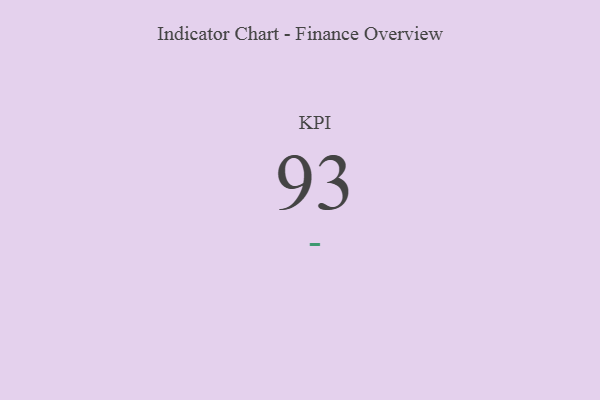
{"axis": {"x": "KPI", "y": "Value"}, "legend": [""], "data": [{"x": "KPI", "y": 93, "type": ""}]}